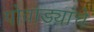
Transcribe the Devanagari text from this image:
पोवाड्यांचेे